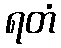
ရတံ